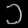
Digit: ၁